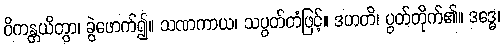
ဝိကန္တယိတွာ၊ ခွဲဖောက်၍။ သဏကာယ၊ သပွတ်တံဖြင့်။ ဒဟတိ၊ ပွတ်တိုက်၏။ ဒဒ္ဓေ၊